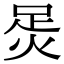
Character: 𧿮